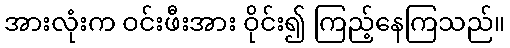
အားလုံးက ဝင်းဖီးအား ဝိုင်း၍ ကြည့်နေကြသည်။